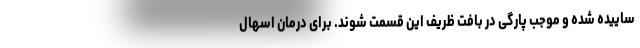
ساییده شده و موجب پارگی در بافت ظریف این قسمت شوند. برای درمان اسهال